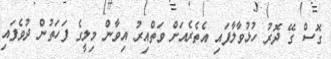
ގޮސް ގޭ ދޮރު ހުޅުވާލާފައި އެތެރެއަށް ވަތްއިރު އިވާން މިލީގެ ފަހަތުން ދުވެފައި